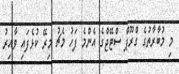
މި މުބާރާތުގެ ގްރޫޕް ސްޓޭޖްގެ އެންމެ ފަހު މެޗު މިރޭ ކުޅެފައި ވާއިރު